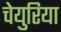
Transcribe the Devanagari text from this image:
चेयुरिया